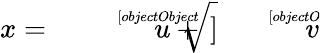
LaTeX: x={\sqrt[[objectObject]]{u}}+{\sqrt[[objectObject]]{v}}